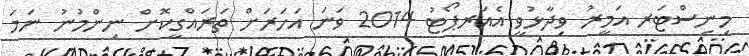
މިނިސްޓަރ އަމީރު ވިދާޅުވީ އެއަރޕޯޓު 2014 ވަނަ އަހަރަށް ތަރައްގީކޮށް ނިންމުނު ނަމަ